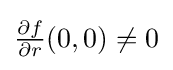
{\tfrac {\partial f}{\partial r}}(0,0)\neq 0